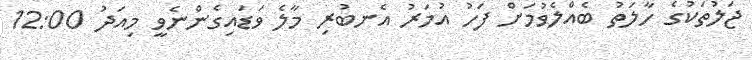
ޖަލުތަކުގެ ހާލަތު ބެއްލެވުމަށް ފަހު އުމަރު އެނބުރި މާލެ ވަަަޑައިގެންނެވީ މިއަދު 12:00